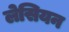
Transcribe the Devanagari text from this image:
लेसियन